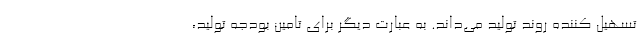
تسهیل کننده روند تولید می‌داند. به عبارت دیگر برای تامین بودجه تولید،